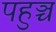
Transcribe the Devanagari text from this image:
पहुञ्च